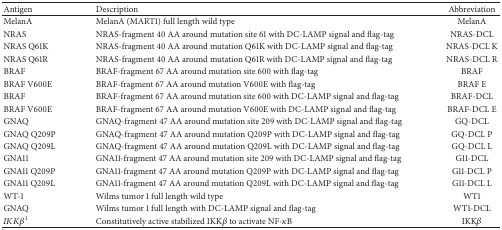
| Antigen | Description | Abbreviation |
 | --- | --- | --- |
 | MelanA | MelanA (MART1) full length wild type | MelanA |
 | NRAS | NRAS-fragment 40 AA around mutation site 61 with DC-LAMP signal and flag-tag | NRAS-DCL |
 | NRAS Q61K | NRAS-fragment 40 AA around mutation Q61K with DC-LAMP signal and flag-tag | NRAS-DCL K |
 | NRAS Q61R | NRAS-fragment 40 AA around mutation Q61R with DC-LAMP signal and flag-tag | NRAS-DCL R |
 | BRAF | BRAF-fragment 67 AA around mutation site 600 with flag-tag | BRAF |
 | BRAF V600E | BRAF-fragment 67 AA around mutation V600E with flag-tag | BRAF E |
 | BRAF | BRAF-fragment 67 AA around mutation site 600 with DC-LAMP signal and flag-tag | BRAF-DCL |
 | BRAF V600E | BRAF-fragment 67 AA around mutation V600E with DC-LAMP signal and flag-tag | BRAF-DCL E |
 | GNAQ | GNAQ-fragment 47 AA around mutation site 209 with DC-LAMP signal and flag-tag | GQ-DCL |
 | GNAQ Q209P | GNAQ-fragment 47 AA around mutation Q209P with DC-LAMP signal and flag-tag | GQ-DCL P |
 | GNAQ Q209L | GNAQ-fragment 47 AA around mutation Q209L with DC-LAMP signal and flag-tag | GQ-DCL L |
 | GNA11 | GNA11-fragment 47 AA around mutation site 209 with DC-LAMP signal and flag-tag | G11-DCL |
 | GNA11 Q209P | GNA11-fragment 47 AA around mutation Q209P with DC-LAMP signal and flag-tag | G11-DCL P |
 | GNA11 Q209L | GNA11-fragment 47 AA around mutation Q209L with DC-LAMP signal and flag-tag | G11-DCL L |
 | WT-1 | Wilms tumor 1 full length wild type | WT1 |
 | GNAQ | Wilms tumor 1 full length with DC-LAMP signal and flag-tag | WT1-DCL |
 | IKKβ1 | Constitutively active stabilized IKKβ to activate NF-κB | IKKβ |